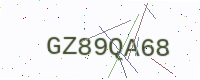
Text: GZ89QA68